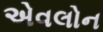
એવલોન